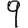
Digit: 9